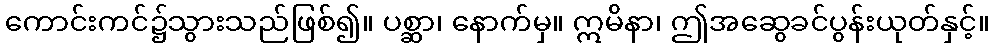
ကောင်းကင်၌သွားသည်ဖြစ်၍။ ပစ္ဆာ၊ နောက်မှ။ ဣမိနာ၊ ဤအဆွေခင်ပွန်းယုတ်နှင့်။